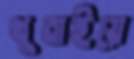
থুবাইয়ে